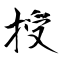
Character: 授